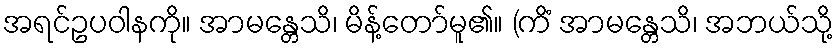
အရင်ဥပဝါနကို။ အာမန္တေသိ၊ မိန့်တော်မူ၏။ (ကိံ အာမန္တေသိ၊ အဘယ်သို့